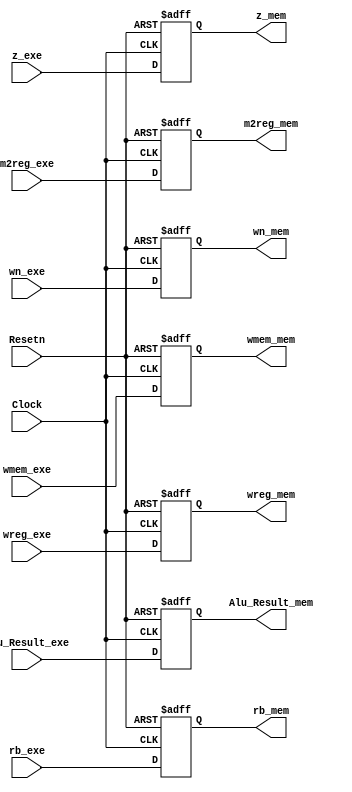
`timescale 1ns / 1ps
//////////////////////////////////////////////////////////////////////////////////
// Company: 
// Engineer: 
// 
// Design Name: 
// Module Name:    Link34 
// Project Name: 
// Target Devices: 
// Tool versions: 
// Description: 
//
// Dependencies: 
//
// Revision: 
// Revision 0.01 - File Created
// Additional Comments: 
//
//////////////////////////////////////////////////////////////////////////////////
module Link34(
		Alu_Result_exe, z_exe, m2reg_exe, wmem_exe, rb_exe, wn_exe, wreg_exe,
		Alu_Result_mem, z_mem, m2reg_mem, wmem_mem, rb_mem, wn_mem, wreg_mem,
		Clock, Resetn
);

	input [31:0] Alu_Result_exe, rb_exe;
	input Clock, Resetn, z_exe, m2reg_exe, wmem_exe, wreg_exe;
	input [4:0] wn_exe;
	output [31:0] Alu_Result_mem, rb_mem;
	output z_mem, m2reg_mem, wmem_mem, wreg_mem;
	output [4:0] wn_mem;
	
	reg [31:0] Alu_Result_mem, rb_mem;
	reg z_mem, m2reg_mem, wmem_mem, wreg_mem;
	reg [4:0] wn_mem;

	always @ (posedge Clock or negedge Resetn) begin
		if (Resetn == 0) begin
			Alu_Result_mem <= 0;
			z_mem <= 0;
			m2reg_mem <= 0;
			wmem_mem <= 0;
			rb_mem <= 0;
			wn_mem <= 0;
			wreg_mem <= 0;
		end
		else begin
			Alu_Result_mem <= Alu_Result_exe;
			z_mem <= z_exe;
			m2reg_mem <= m2reg_exe;
			wmem_mem <= wmem_exe;
			rb_mem <= rb_exe;
			wn_mem <= wn_exe;
			wreg_mem <= wreg_exe;
		end
	end

endmodule